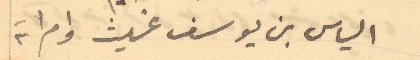
الياس بن يوسف غيث وامراته